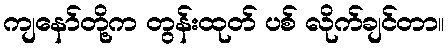
ကျနော်တို့က တွန်းထုတ် ပစ် လိုက်ချင်တာ။